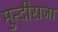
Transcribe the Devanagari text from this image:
मुन्दीराजा